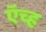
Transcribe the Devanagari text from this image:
ऍच्ह